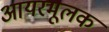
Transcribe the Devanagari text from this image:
आयरमूलक